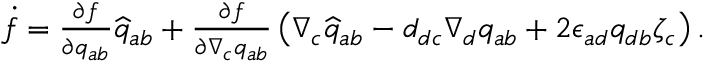
\begin{array} { r } { \dot { f } = \frac { \partial f } { \partial q _ { a b } } \widehat { q } _ { a b } + \frac { \partial f } { \partial \nabla _ { c } q _ { a b } } \left( \nabla _ { c } \widehat { q } _ { a b } - d _ { d c } \nabla _ { d } q _ { a b } + 2 \epsilon _ { a d } q _ { d b } \zeta _ { c } \right) . } \end{array}